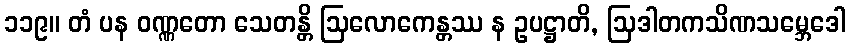
၁၁၉။ တံ ပန ဝဏ္ဏတော သေတန္တိ ဩလောကေန္တဿ န ဥပဋ္ဌာတိ, ဩဒါတကသိဏသမ္ဘေဒေါ